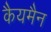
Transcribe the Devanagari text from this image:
कैयमैन